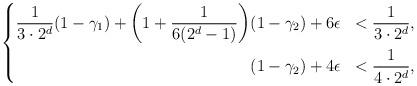
LaTeX: \begin{align*}\left\{\begin{aligned}\frac{1}{3 \cdot 2^d} (1-\gamma_1) + \bigg(1+\frac{1}{6(2^d-1)}\bigg) &(1- \gamma_2)+ 6 \epsilon &< \frac{1}{3 \cdot 2^d}, \\&(1-\gamma_2) + 4 \epsilon &< \frac{1}{4\cdot2^d},\end{aligned}\right.\end{align*}